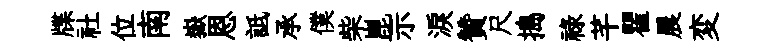
牒社位南嶽恩詆承僕柴崑示淚贊尺搗祿芊瞿晨変